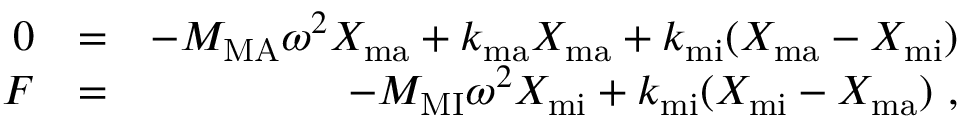
\begin{array} { r l r } { 0 } & { = } & { - M _ { \mathrm { M A } } \omega ^ { 2 } X _ { \mathrm { m a } } + k _ { \mathrm { m a } } X _ { \mathrm { m a } } + k _ { \mathrm { m i } } ( X _ { \mathrm { m a } } - X _ { \mathrm { m i } } ) } \\ { F } & { = } & { - M _ { \mathrm { M I } } \omega ^ { 2 } X _ { \mathrm { m i } } + k _ { \mathrm { m i } } ( X _ { \mathrm { m i } } - X _ { \mathrm { m a } } ) ~ , } \end{array}